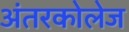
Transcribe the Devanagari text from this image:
अंतरकोलेज